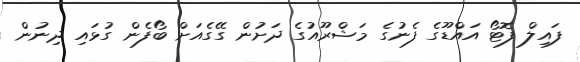
ފައިލް ފޮޓޯ އައްޑޫގެ ފެނުގެ މަޝްރޫއުގެ ދަށުން ގޭގެއަށް ބޯފެން ގުޅައި ދިނުން